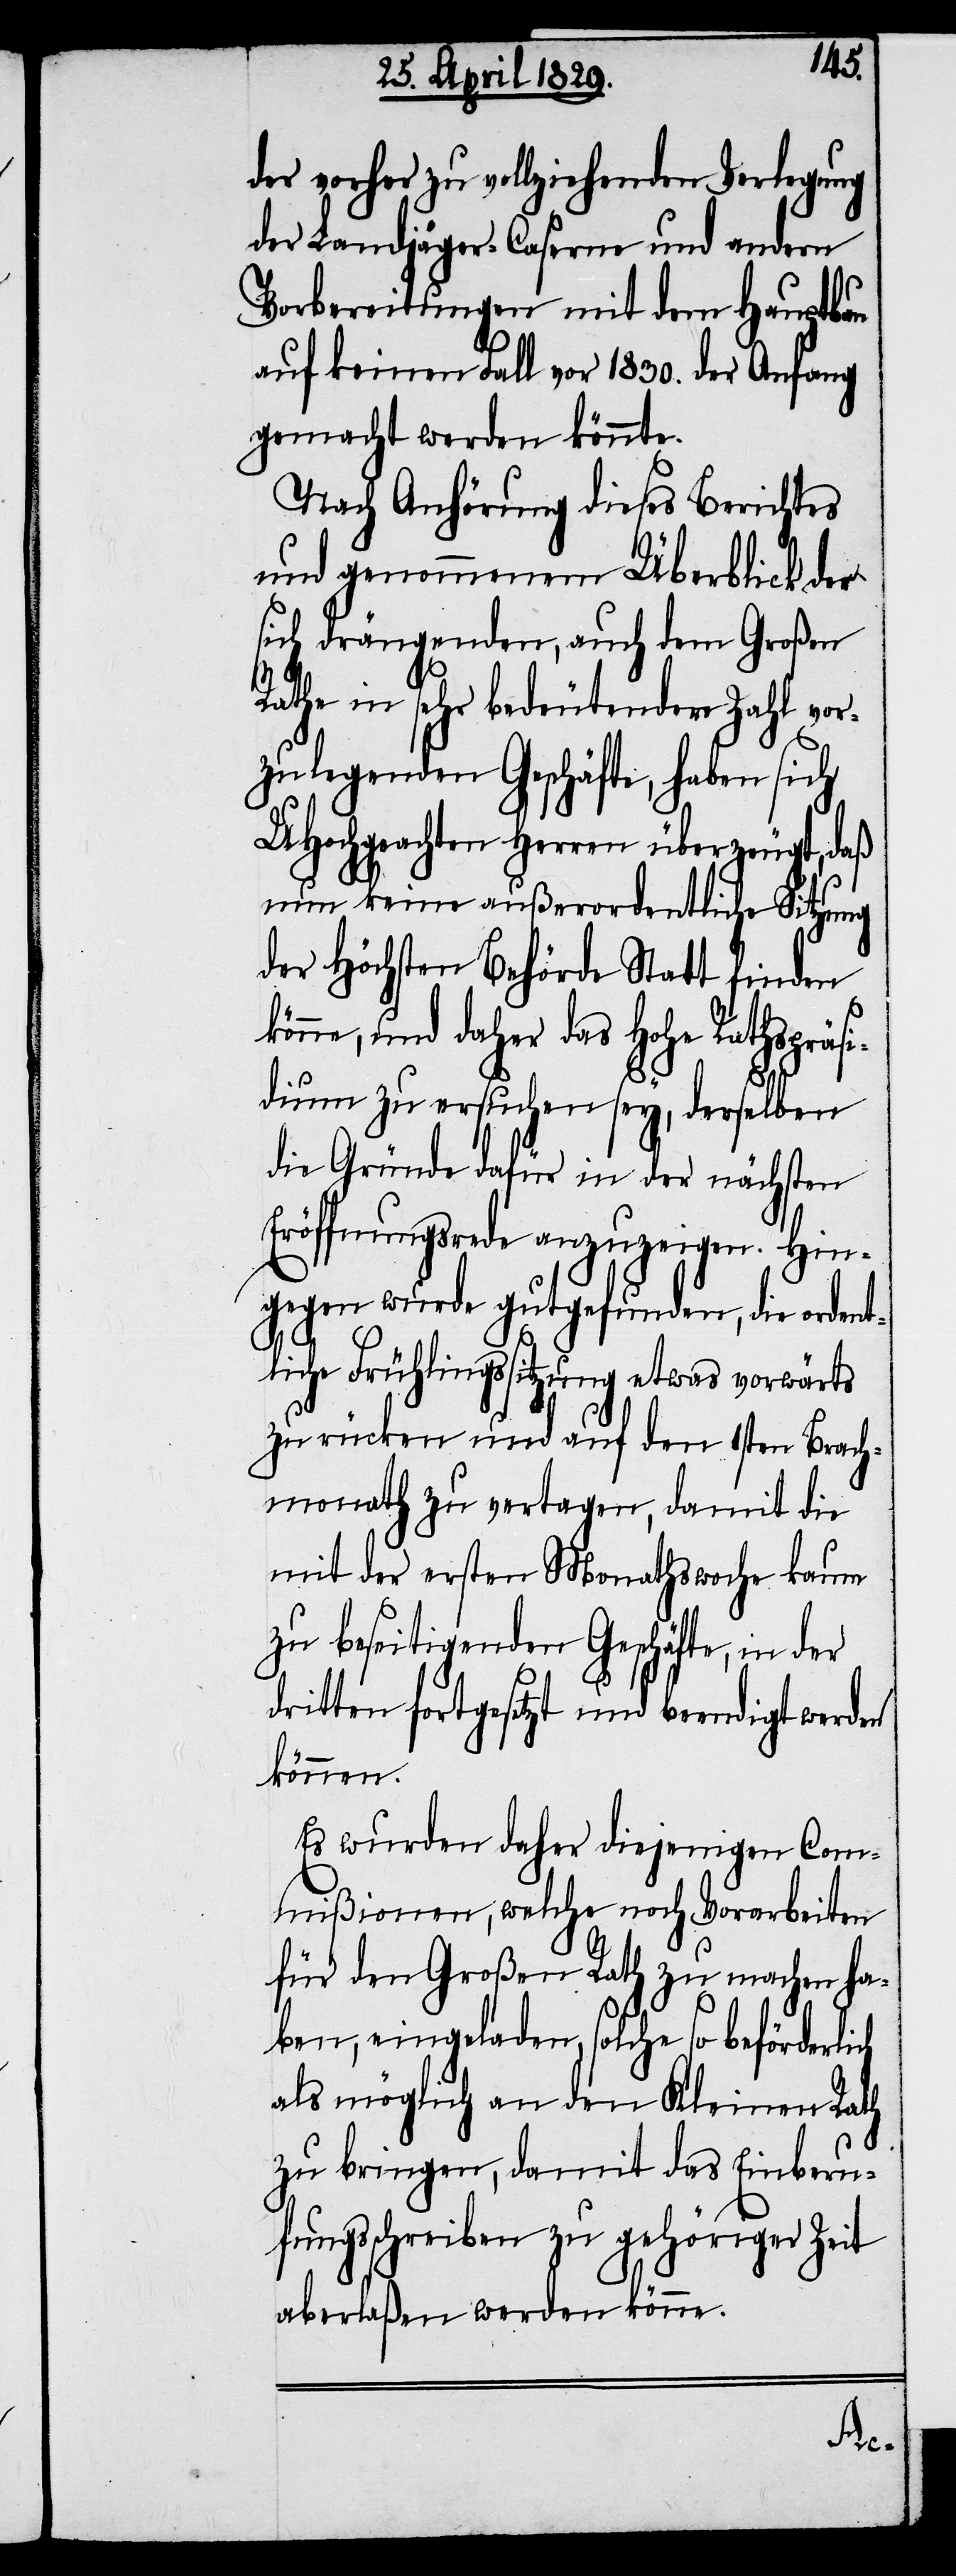
der vorher zu vollziehenden Verlegung
der Landjäger-Caserne und andern
Vorbereitungen mit dem Hauptbau
auf keinen Fall vor 1830. der Anfang
gemacht werden könnte.
Nach Anhörung dieses Berichtes
und genommenem Überblick der
sich drängenden, auch dem Großen
Rathe in sehr bedeutendere Zahl vor¬
zulegenden Geschäfte, haben sich
UHochgeachten Herren überzeugt, daß
nun keine außerordentliche Sitzung
der Höchsten Behörde Statt finden
e, und daher das Hohe Rathspräsi¬
dium zu ersuchen sey, derselben
die Gründe dafür in der nächsten
Eröffnungsrede anzuzeigen. Hin¬
gegen wurde gutgefunden, die ordent¬
liche Frühlingssitzung etwas vorwärts
zu rücken und auf den 1sten Brach¬
monath zu vertagen, damit die
mit der ersten Monathswoche kaum
zu beseitigenden Geschäfte, in der
dritten fortgesetzt und beendigt werden
können.
Es wurden daher diejenigen Com¬
mißionen, welche noch Vorarbeiten
für den Großen Rath zu machen ha¬
ben, eingeladen, solche so beförder¬
als möglich an den Kleinen Rath
zu bringen, damit das Einberu¬
fungsschreiben zu gehöriger Zeit
aberlaßen werden könne.
lich